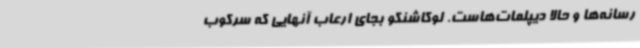
رسانه‌ها و حالا دیپلمات‌هاست. لوکاشنکو بجای ارعاب آنهایی که سرکوب